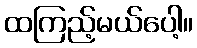
ထကြည့်မယ်ပေါ့။